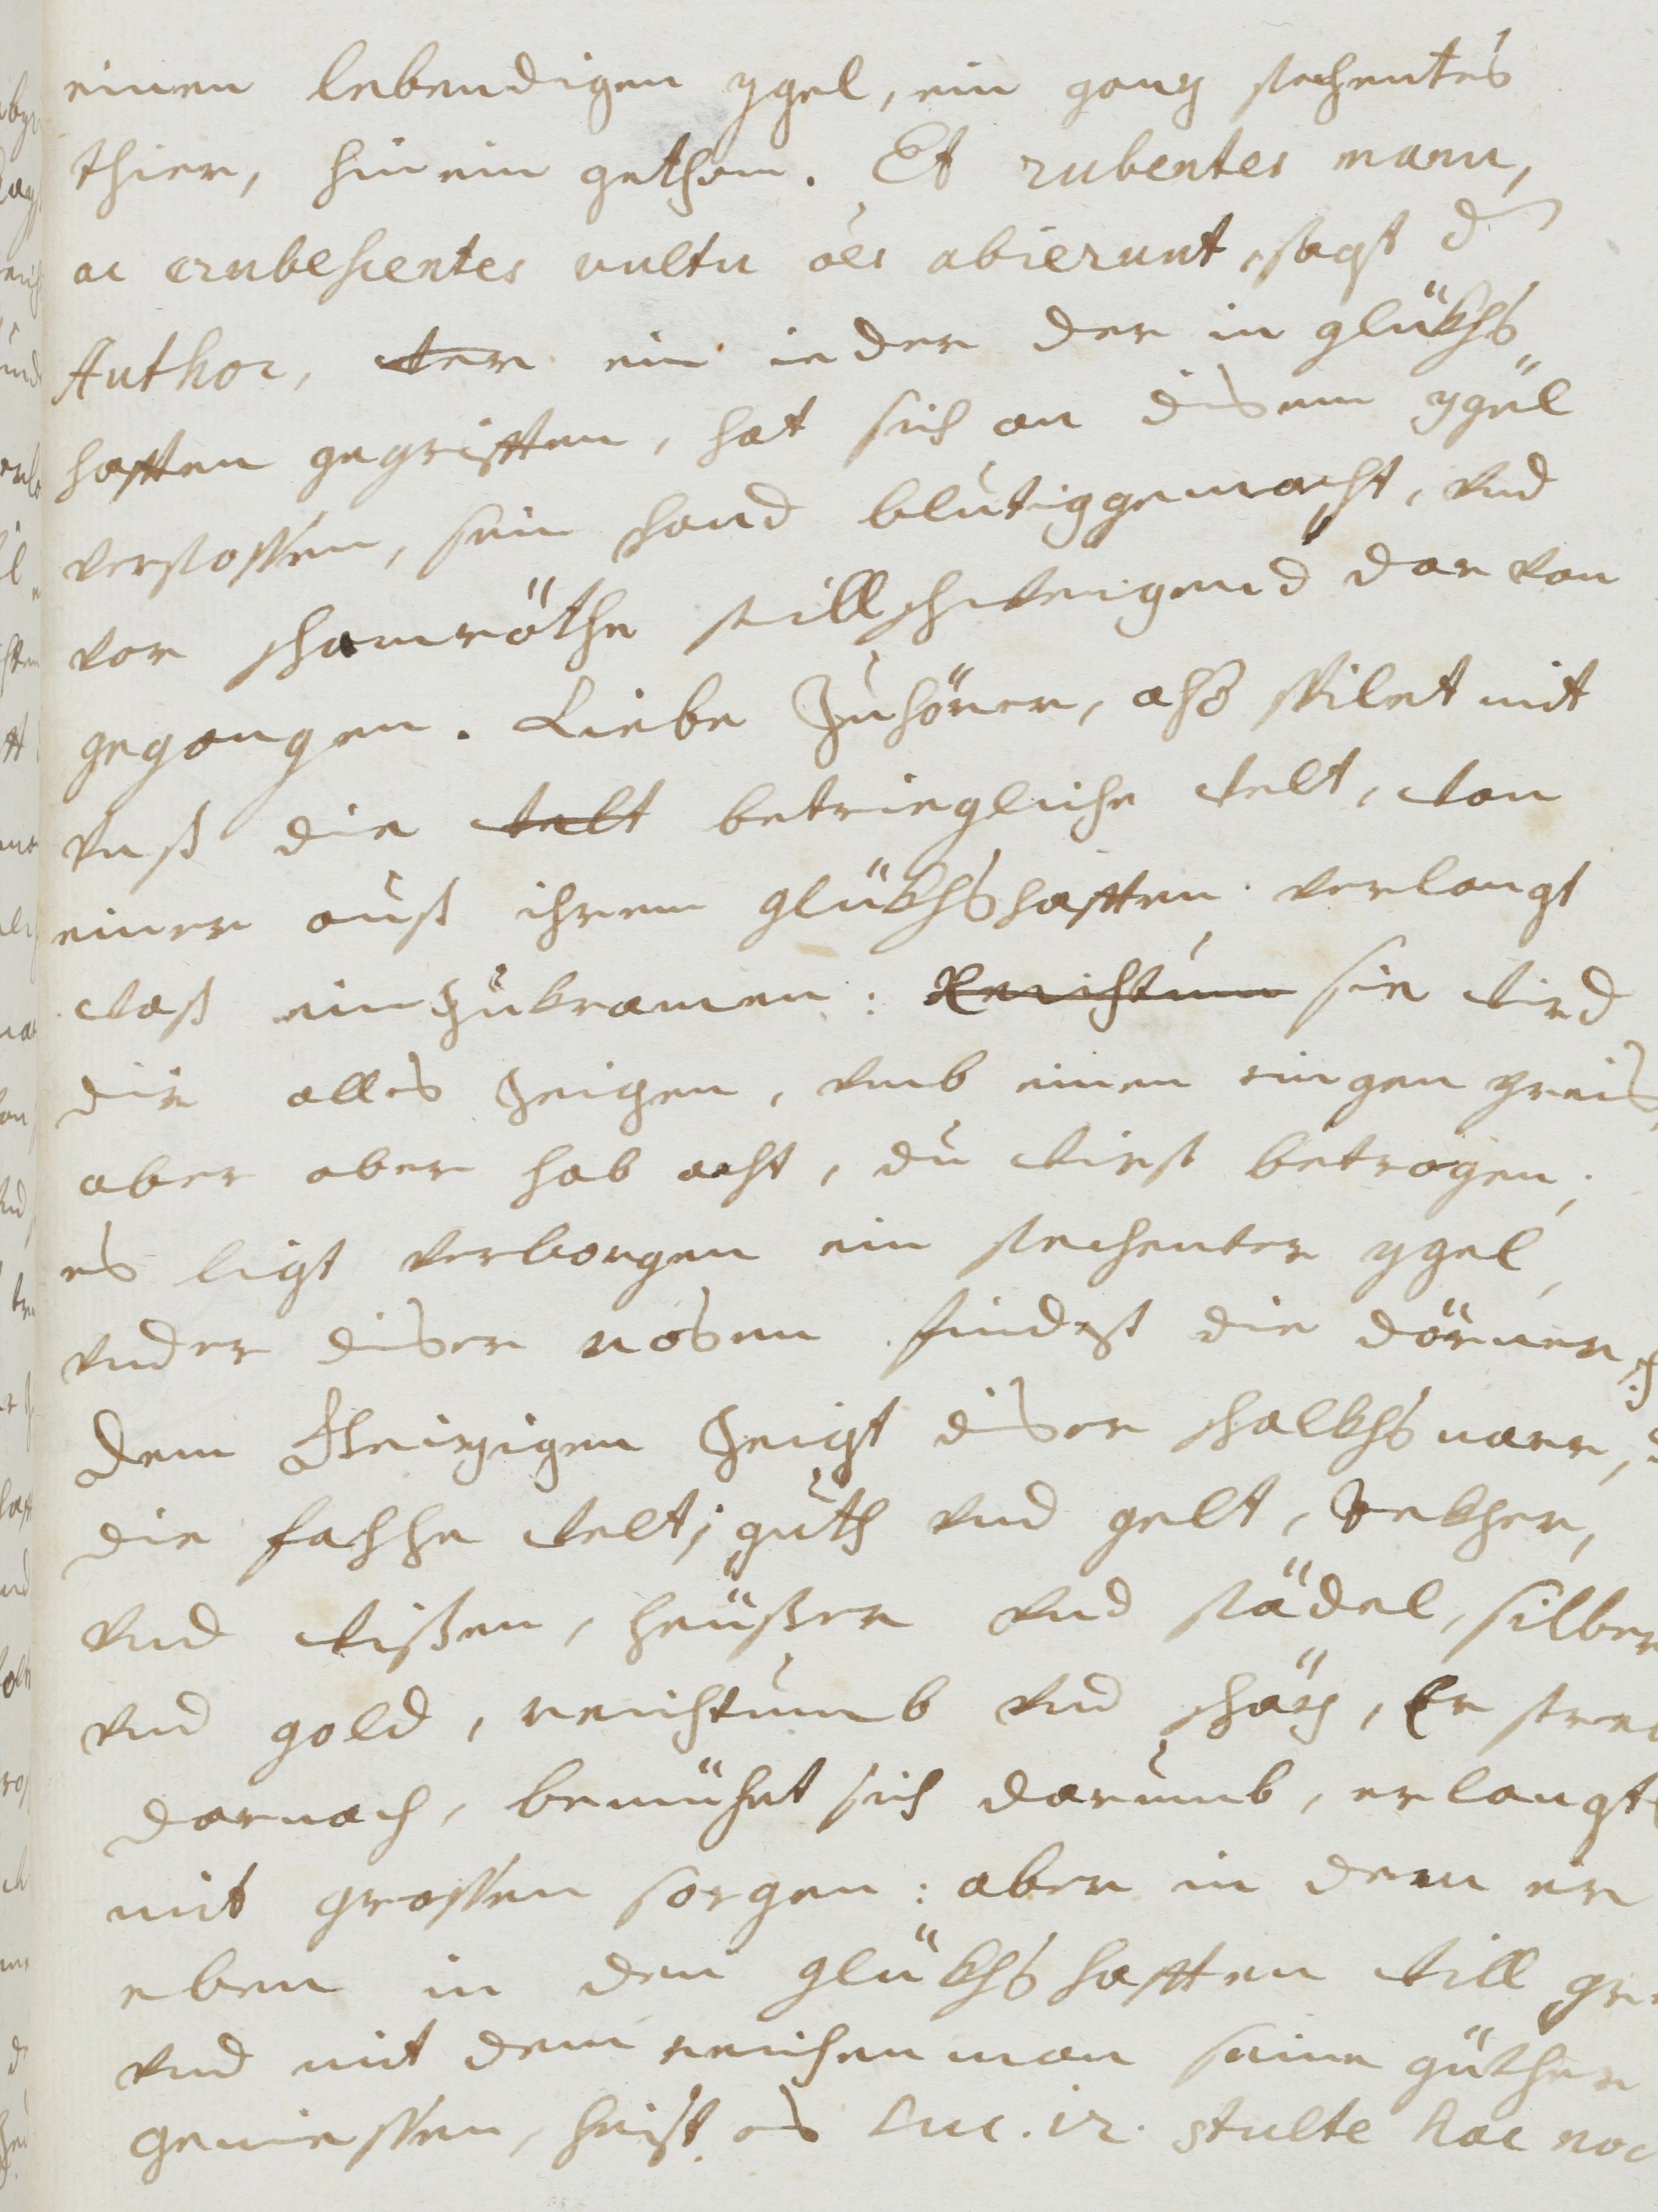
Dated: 1677–1691